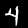
Digit: 4